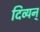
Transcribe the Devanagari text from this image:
दिव्यन्